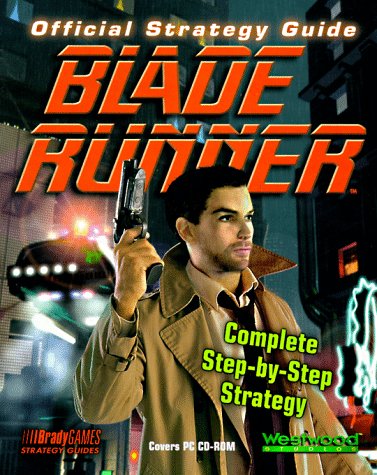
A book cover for Official Blade Runner Strategy Guide (Official Strategy Guides); BradyGames; Children's Books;